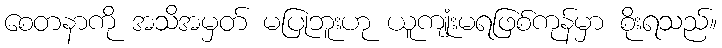
စေတနာကို အသိအမှတ် မပြုဘူးဟု ယူကျုံးမရဖြစ်ကုန်မှာ စိုးရသည်။